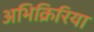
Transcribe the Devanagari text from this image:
अभिक्रिरिया